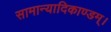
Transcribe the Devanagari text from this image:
सामान्यादिकाण्डम्।